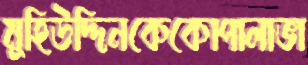
মুহিউদ্দিনকেকোপালাভা